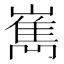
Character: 嶲